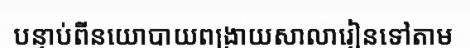
បន្ទាប់ពីនយោបាយពង្រាយសាលារៀនទៅតាម